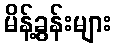
မိန့်ခွန်းများ